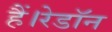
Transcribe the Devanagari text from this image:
हैं।रेडॉन